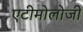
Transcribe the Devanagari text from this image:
एटीमोलोजी